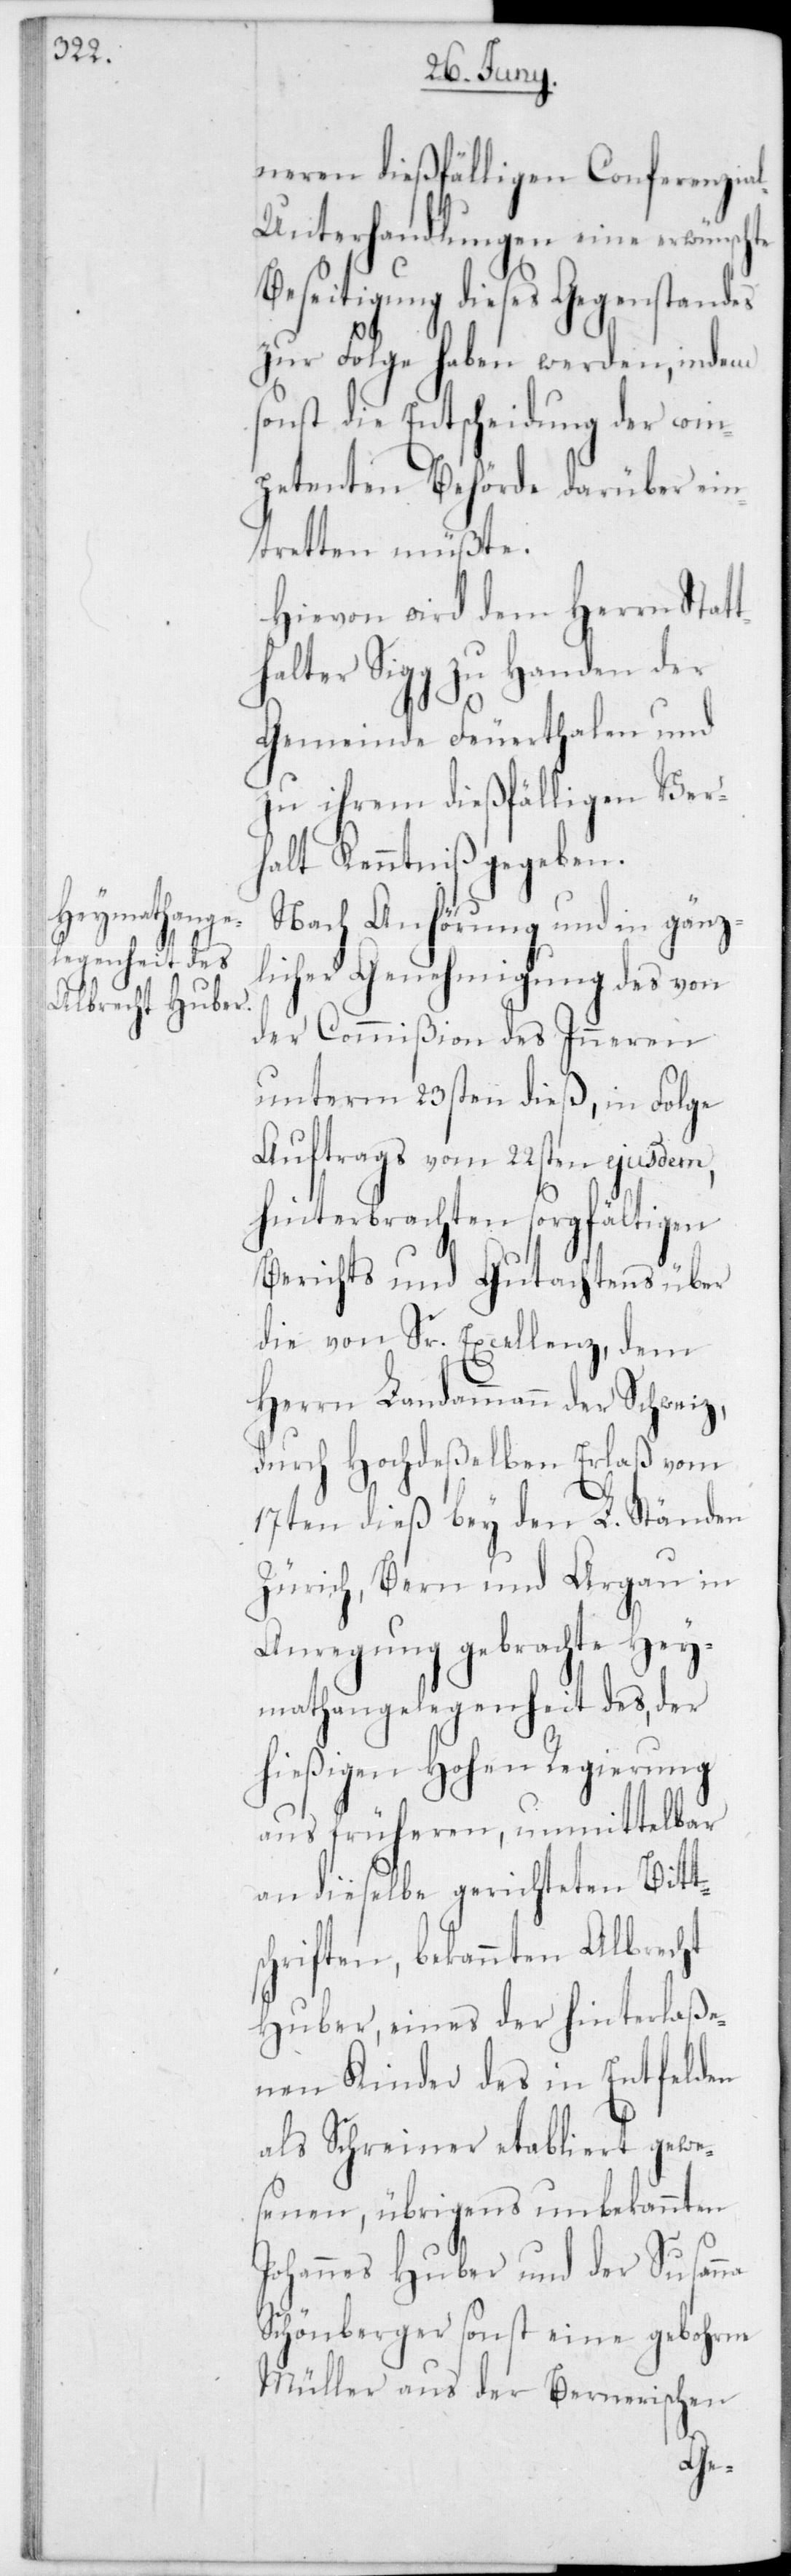
neren dießfälligen Conferenzia¬
l-Unterhandlungen eine erwünschte
Beseitigung dieses Gegenstandes
zur Folge haben werden, indem
sonst die Entscheidung der com¬
petenten Behörde darüber ein¬
tretten müßte.
Hievon wird dem Herrn Stat¬
halter Sigg zu Handen der
Gemeinde Feuerhalen und
zu ihrem dießfälligen Ver¬
halt Kenntniß gegeben.
Nach Anhörung und in gänz¬
licher Genehmigung des von
der Commißion des Inneren
unterm 23sten dieß, in Folge
Auftrags vom 22sten ejusdem,
hinterbrachten sorgfältigen
Berichts und Gutachtens über
die von Sr. Excellenz, dem
Herrn Landammann der Schweiz,
durch hochdeßelben Erlaß vom
17ten dieß bey den L. Ständen
Zürich, Bern und Aargau in
Anregung gebrachte Hey¬
mathangelegenheit des, der
hießigen Hohen Regierung
aus früheren, unmittelbar
an dieselbe gerichteten Bitt¬
schriften, bekannten Albrecht
Huber, eines der hinterlaße¬
nen Kinder des in Entfelden
als Schreiner etabliert gewe¬
senen, übrigens unbekannten
Johannes Huber und der Susanna
Schönberger sonst eine gebohrne
Müller aus der Bernerischen
t¬